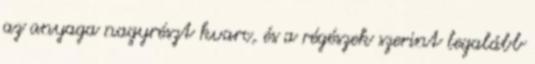
az anyaga nagyrészt kvarc, és a régészek szerint legalább